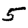
Digit: 5